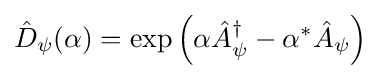
{\hat {D}}_{\psi }(\alpha )=\exp \left(\alpha {\hat {A}}_{\psi }^{\dagger }-\alpha ^{\ast }{\hat {A}}_{\psi }\right)